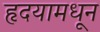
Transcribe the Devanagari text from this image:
हृदयामधून